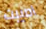
اصيبت